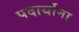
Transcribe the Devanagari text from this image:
पदार्थोना